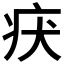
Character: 𤴻